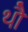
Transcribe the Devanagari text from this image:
थौ